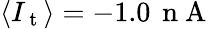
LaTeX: \langle I_{\mathrm{~t~}}\rangle=-1.0\, \mathrm{~n~A~}